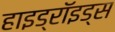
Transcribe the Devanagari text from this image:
हाइड्रॉइड्स